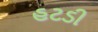
હટડી